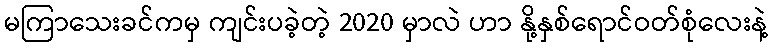
မကြာသေးခင်ကမှ ကျင်းပခဲ့တဲ့ 2020 မှာလဲ ဟာ နို့နှစ်ရောင်ဝတ်စုံလေးနဲ့